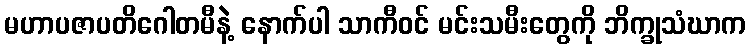
မဟာပဇာပတိဂေါတမီနဲ့ နောက်ပါ သာကီဝင် မင်းသမီးတွေကို ဘိက္ခုသံဃာက